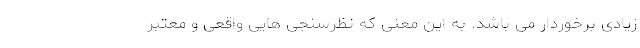
زیادی برخوردار می باشد. به این معنی که نظرسنجی هایی واقعی و معتبر